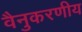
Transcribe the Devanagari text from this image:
वैनुकरणीय